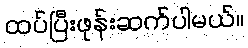
ထပ်ပြီးဖုန်းဆက်ပါမယ်။